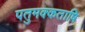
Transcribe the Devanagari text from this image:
पतुमक्कताष़ि